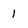
Character: 1